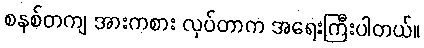
စနစ်တကျ အားကစား လုပ်တာက အရေးကြီးပါတယ်။